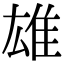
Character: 雄